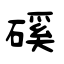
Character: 磎